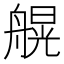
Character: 𱼽